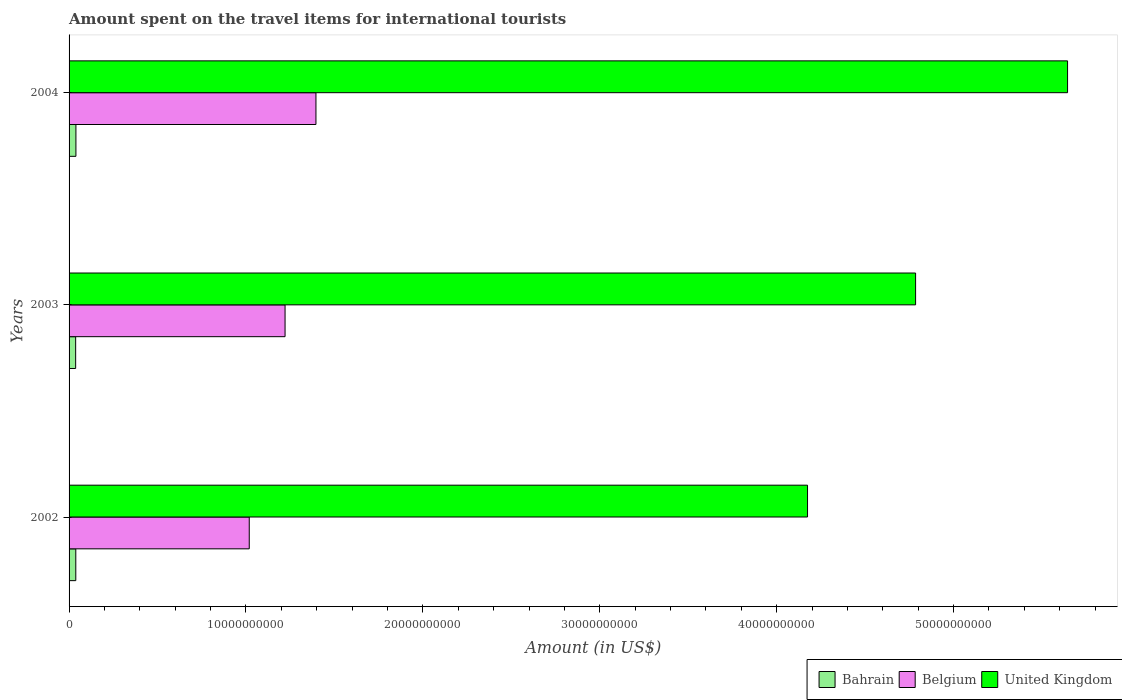
| Years | Bahrain | Belgium | United Kingdom |
 | --- | --- | --- | --- |
 | 2002 | 3.8e+08 | 1.02e+10 | 4.17e+10 |
 | 2003 | 3.72e+08 | 1.22e+10 | 4.79e+10 |
 | 2004 | 3.87e+08 | 1.4e+10 | 5.64e+10 |